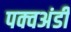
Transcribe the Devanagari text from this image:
पक्वअंडी